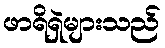
ဖာရိရှဲများသည်